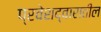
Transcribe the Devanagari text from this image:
प्रवेशद्वारातील